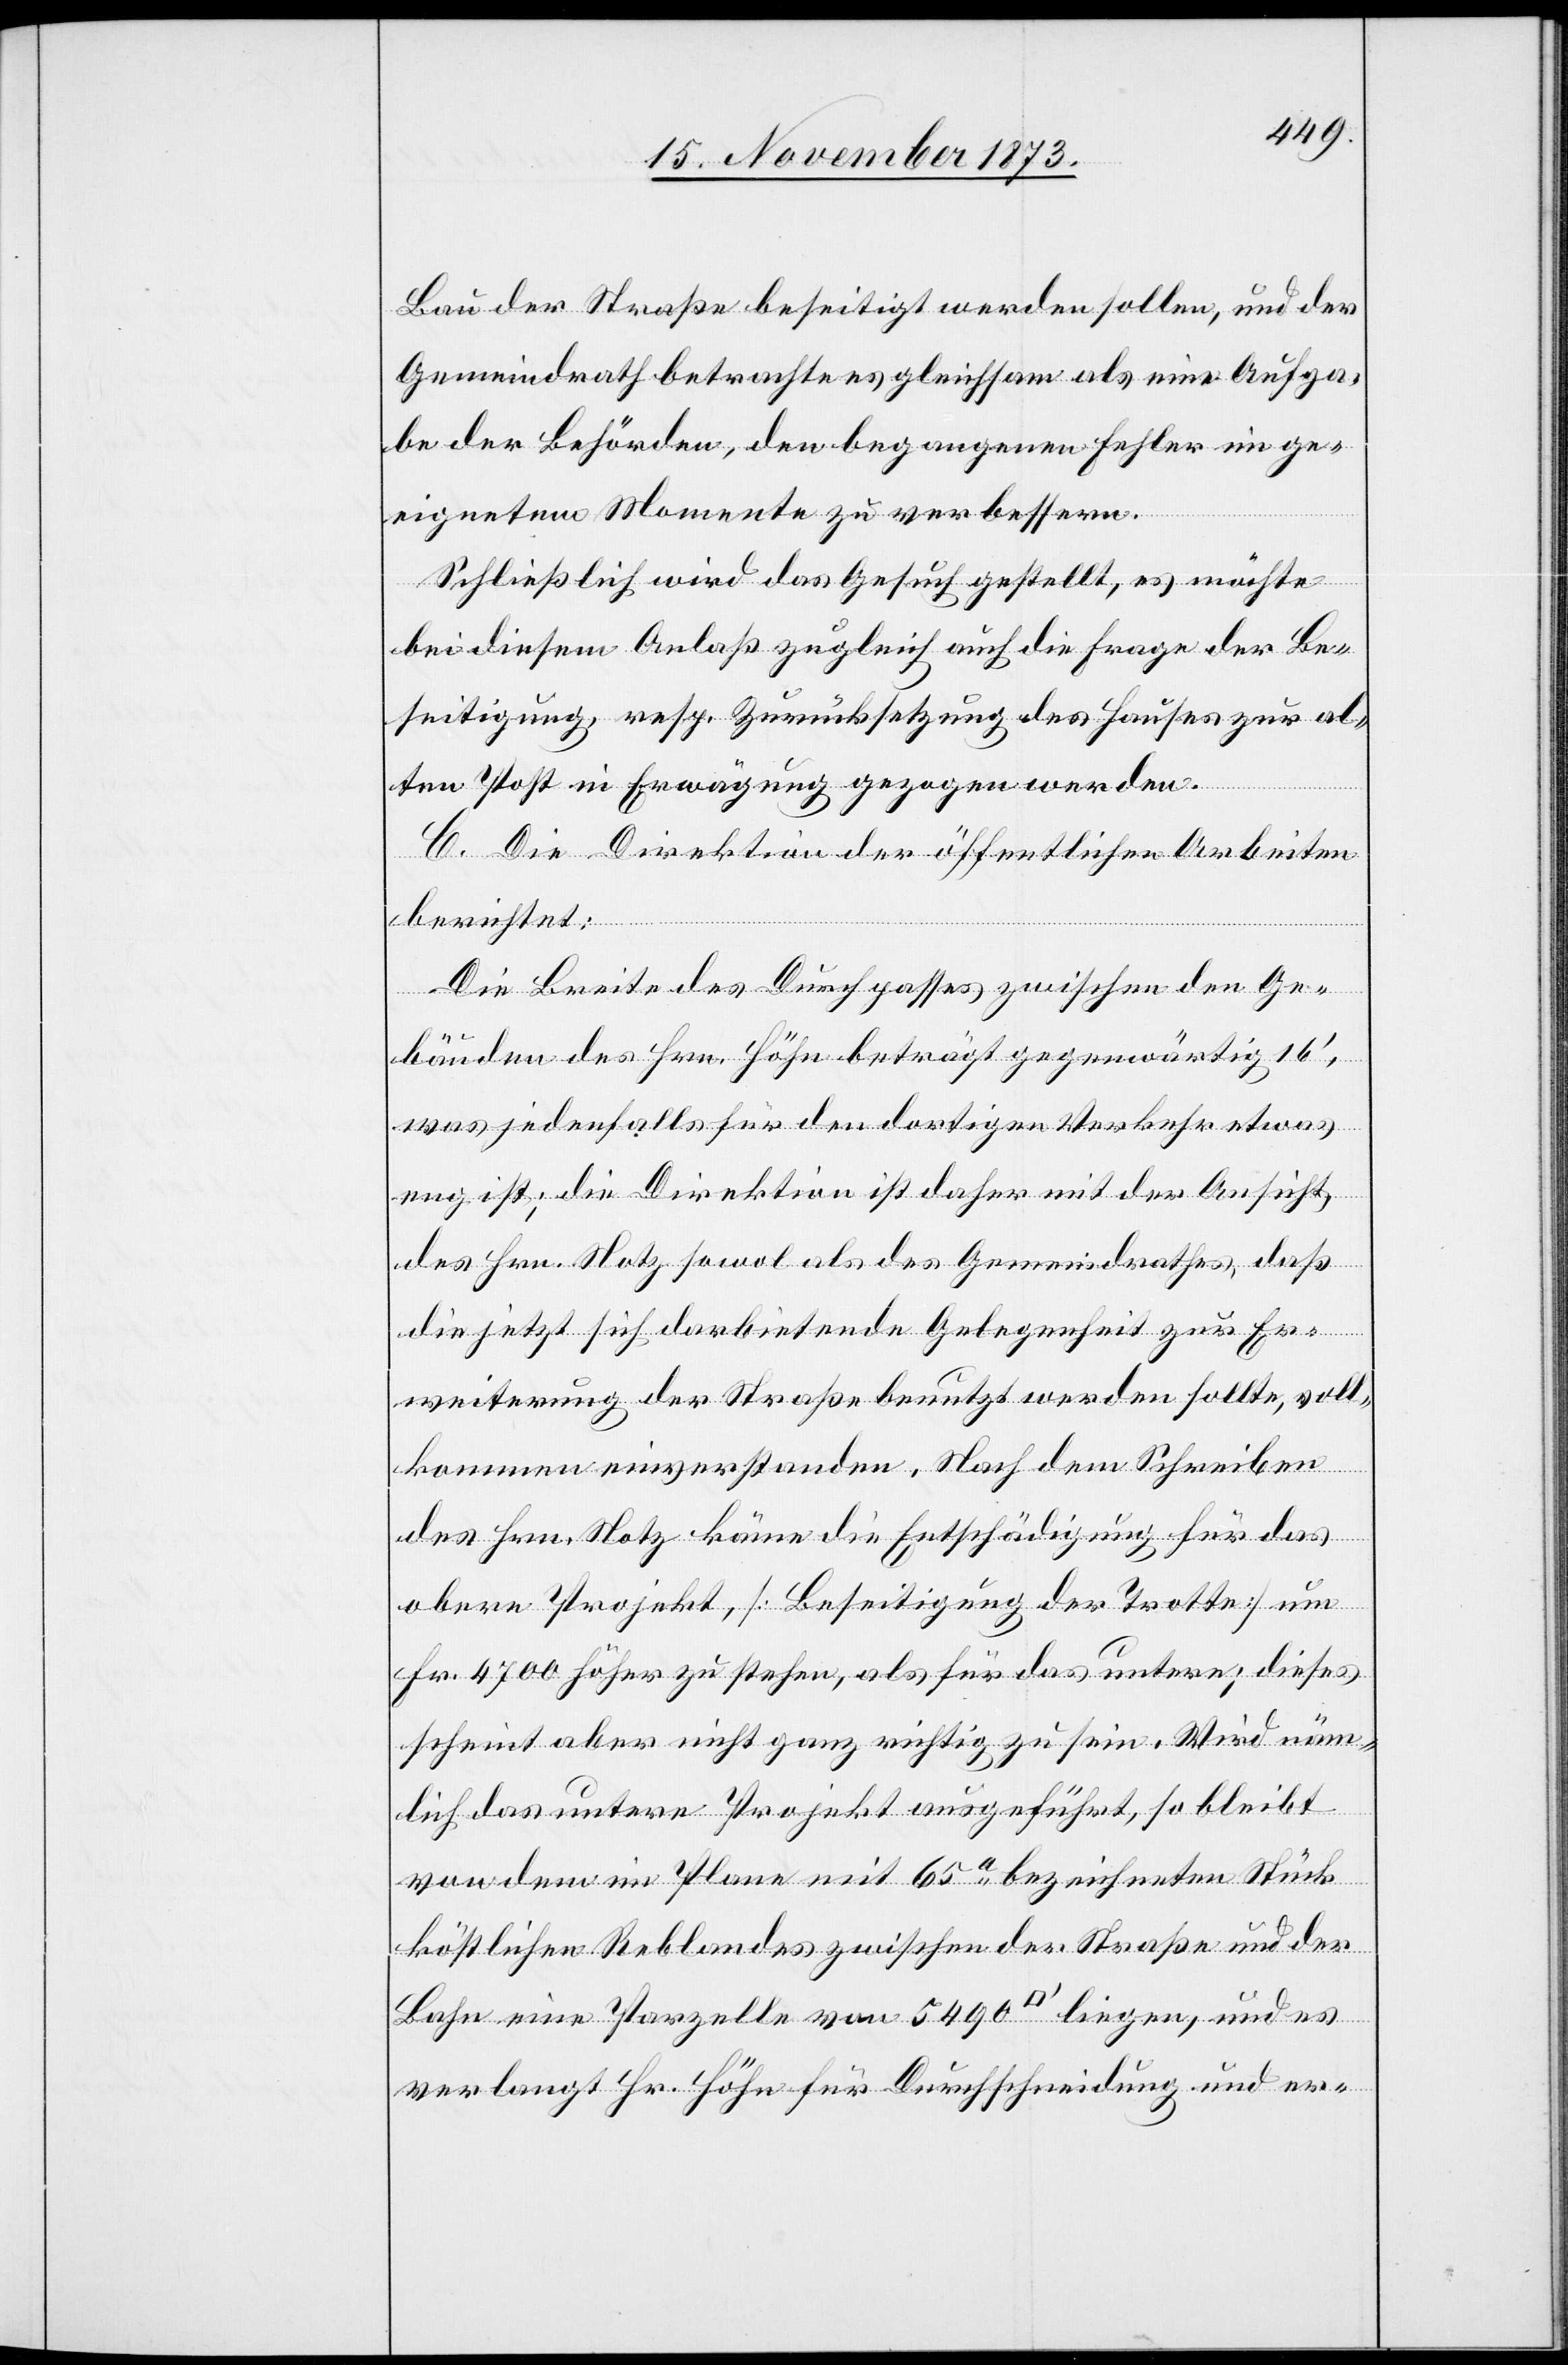
Bau der Straße beseitigt werden sollen, und der
Gemeindrath betrachte es gleichsam als eine Aufga¬
be der Behörden, den begangenen Fehler im ge¬
eignetem [sic!] Momente zu verbessern.
Schließlich wird das Gesuch gestellt, es möchte
bei diesem Anlaß zugleich auch die Frage der Be¬
seitigung, resp. Zurücksetzung des Hauses zur al¬
ten Post in Erwägung gezogen werden.
C. Die Direktion der öffentlichen Arbeiten
berichtet:
Die Breite des Durchpasses zwischen den Ge¬
bäuden des Hrn. Höhn beträgt gegenwärtig 16‘,
was jedenfalls für den dortigen Verkehr etwas
eng ist; die Direktion ist daher mit der Ansicht,
des Hrn. Notz sowol als des Gemeindrathes, daß
die jetzt sich darbietende Gelegenheit zur Er¬
weiterung der Straße benutzt werden sollte, voll¬
kommen einverstanden. Nach dem Schreiben
des Hrn. Notz käme die Entschädigung für das
obere Projekt, [Beseitigung der Trotte] um
Fr. 4 700 höher zu stehen, als für das untere; dieses
scheint aber nicht ganz richtig zu sein. Wird näm¬
lich das untere Projekt ausgeführt, so bleibt
von dem im Plane mit 65a bezeichneten Stück
köstlichen Reblandes zwischen der Straße und der
Bahn eine Parzelle von 5 490 [Quadratfuss] liegen, und es
verlangt Hr. Höhn für Durchschneidung und er-